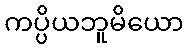
ကပ္ပိယဘူမိယော